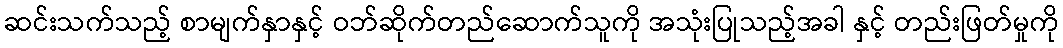
ဆင်းသက်သည့် စာမျက်နှာနှင့် ဝဘ်ဆိုက်တည်ဆောက်သူကို အသုံးပြုသည့်အခါ နှင့် တည်းဖြတ်မှုကို